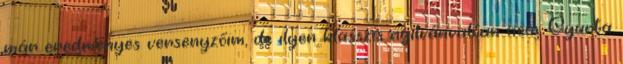
már eredményes versenyzőim, de ilyen klasszis nyilvánvalóan nem. Gyurta